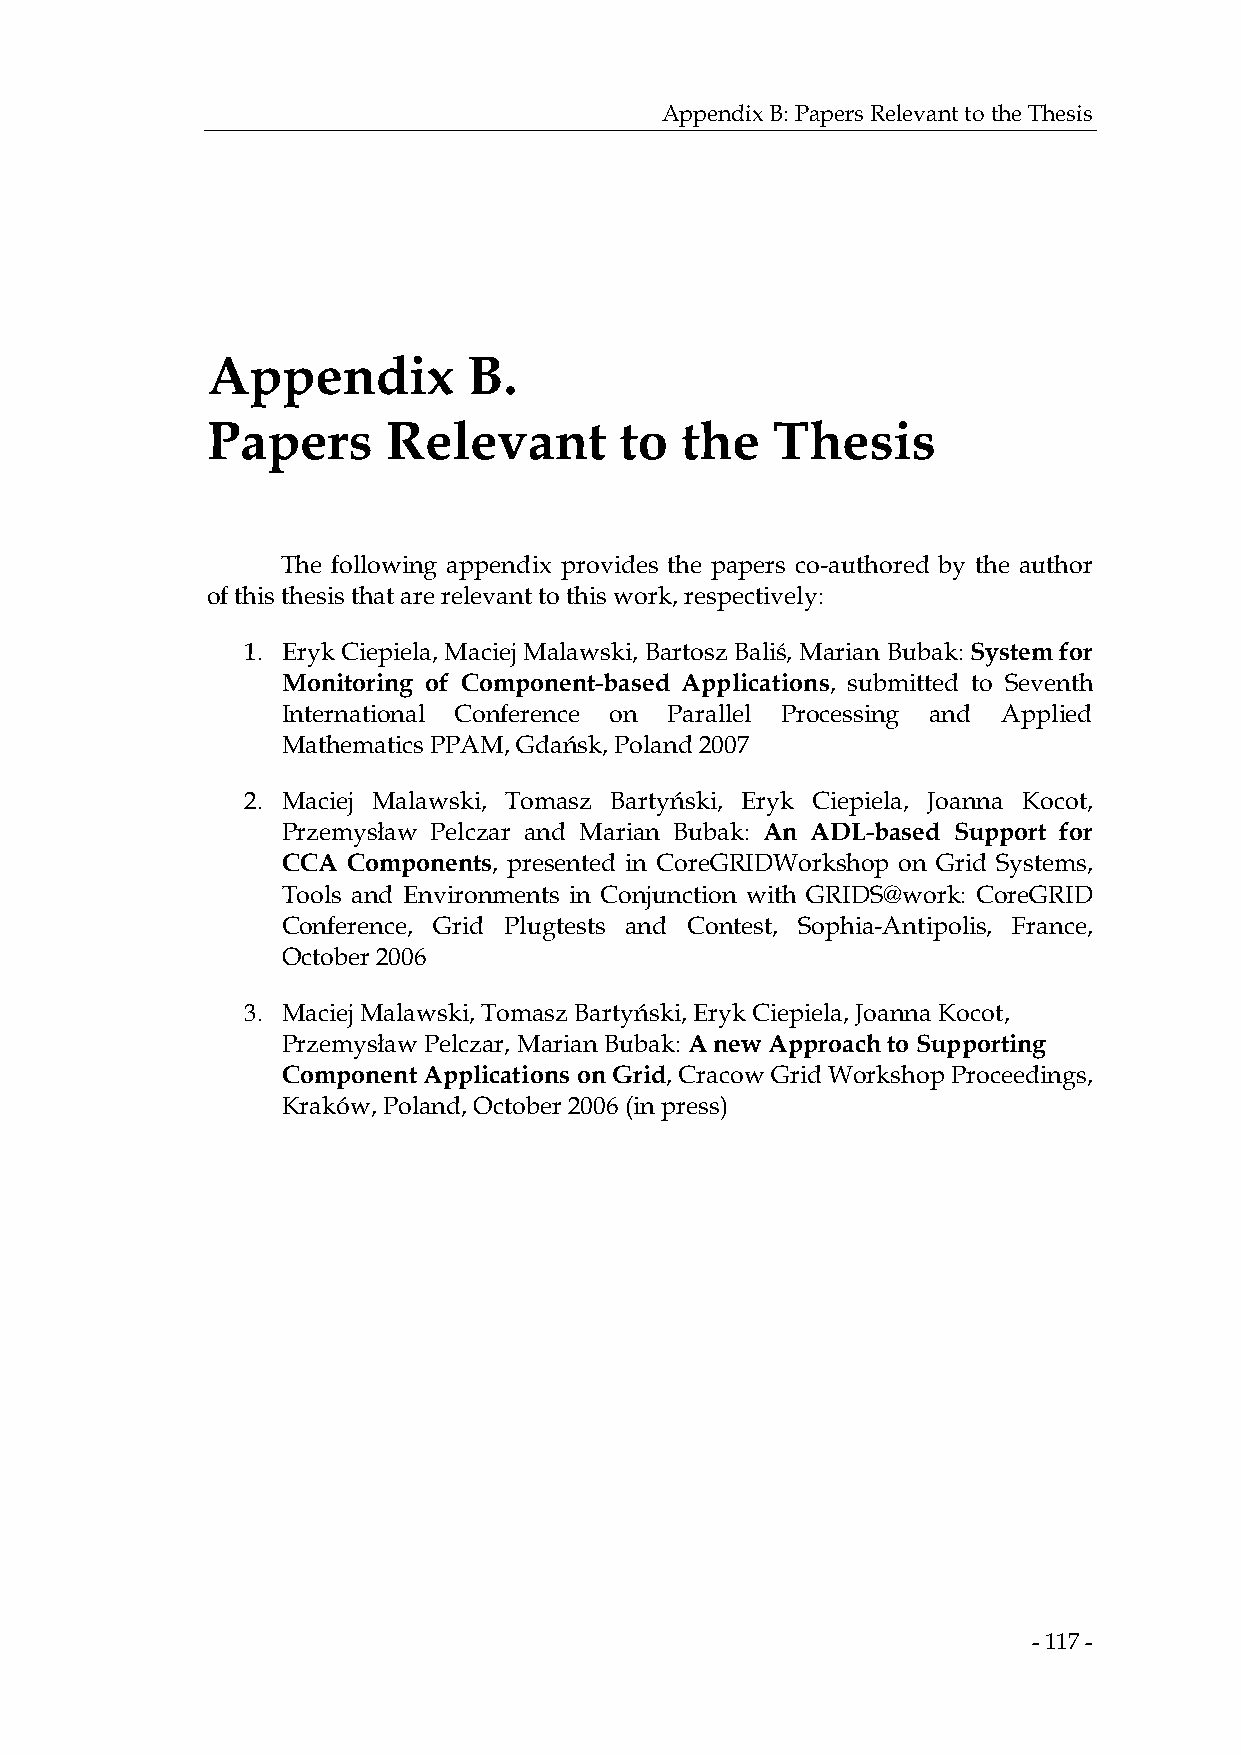
Appendix B: Papers Relevant to the Thesis
 Appendix         B.
 Papers      Relevant       to  the   Thesis
 The following appendix provides the papers co-authored by the author
 of this thesis that are relevant to this work, respectively:
 1. Eryk Ciepiela, Maciej Malawski, Bartosz Baliś, Marian Bubak: System for
 Monitoring of Component-based Applications, submitted to Seventh
 International Conference on Parallel Processing and Applied
 Mathematics PPAM, Gdańsk, Poland 2007
 2. Maciej Malawski, Tomasz Bartyński, Eryk Ciepiela, Joanna Kocot,
 Przemysław Pelczar and Marian Bubak: An ADL-based Support for
 CCA Components, presented in CoreGRIDWorkshop on Grid Systems,
 Tools and Environments in Conjunction with GRIDS@work: CoreGRID
 Conference, Grid Plugtests and Contest, Sophia-Antipolis, France,
 October 2006
 3. Maciej Malawski, Tomasz Bartyński, Eryk Ciepiela, Joanna Kocot,
 Przemysław Pelczar, Marian Bubak: A new Approach to Supporting
 Component Applications on Grid, Cracow Grid Workshop Proceedings,
 Kraków, Poland, October 2006 (in press)
 - 117 -